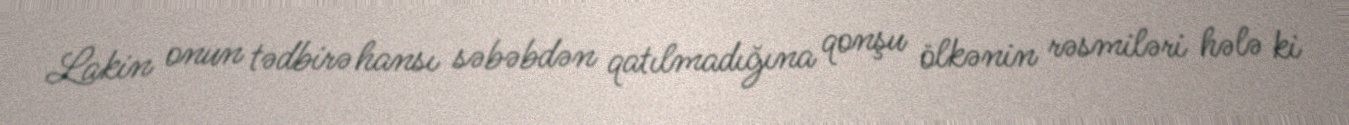
Lakin onun tədbirə hansı səbəbdən qatılmadığına qonşu ölkənin rəsmiləri hələ ki